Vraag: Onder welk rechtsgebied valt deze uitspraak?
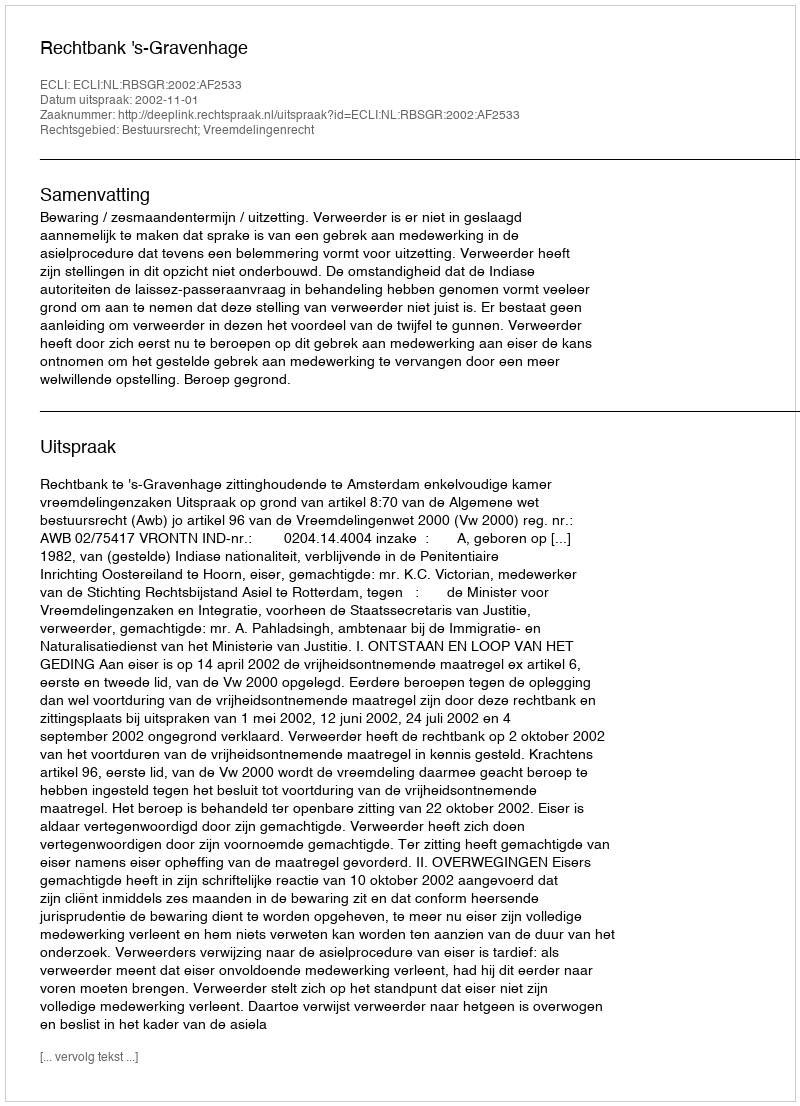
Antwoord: Bestuursrecht; Vreemdelingenrecht